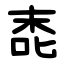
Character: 唜